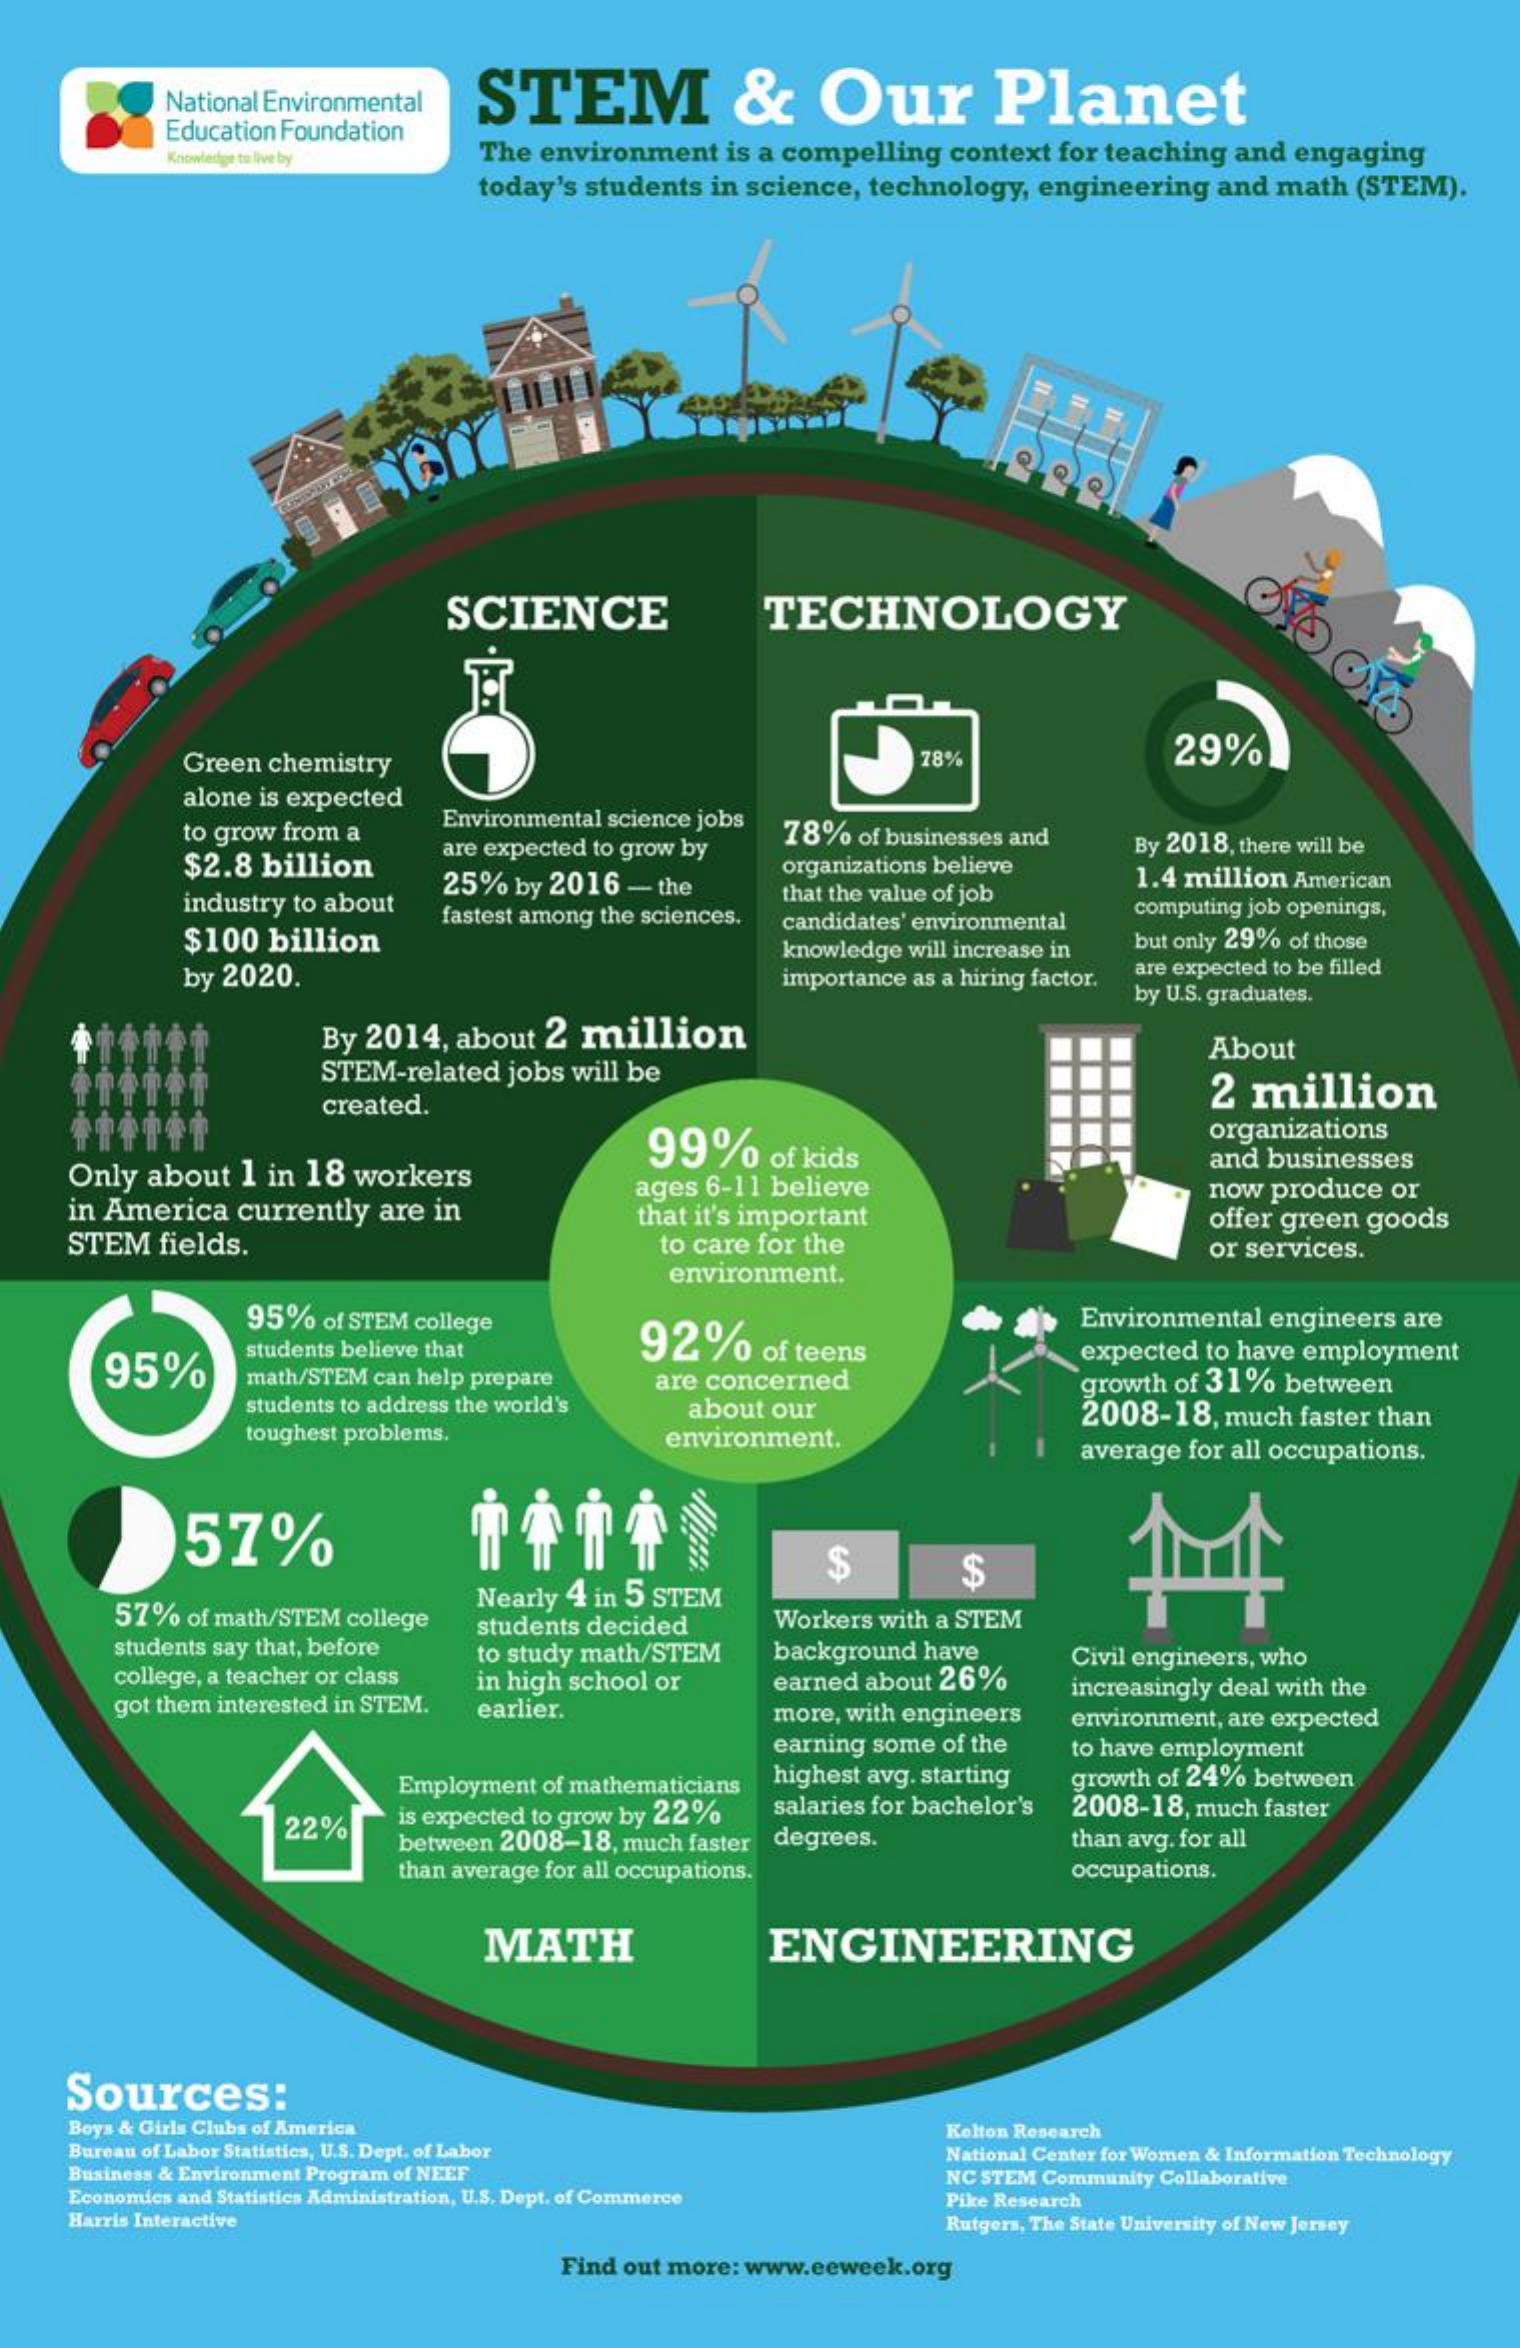
National Environmental STEM    &   Our    Planet
     Education Foundation
     Knowledge to live by The environment is a compelling context for teaching and engaging
     today's students in science, technology, engineering and math (STEM).
     SCIENCE    TECHNOLOGY
     Green chemistry    78%    29%
     alone is expected
     to grow from a
     Environmental science jobs
     $2.8 billion
     are expected to grow by
     78% of businesses and By 2018, there will be
     industry to about
     25% by 2016 - the
     organizations believe
     that the value of job
     1.4 million American
     $100 billion
     fastest among the sciences. candidates' environmental
     computing job openings,
     but only 29% of those
     by 2020.
     knowledge will increase in
     importance as a hiring factor. are expected to be filled
     by U.S. graduates.
     By 2014, about 2 million
     STEM-related jobs will be
     About
     created.    2 million
     99%    of kids
     organizations
    Only about 1 in 18 workers
     and businesses
    in America currently are in
     ages 6-11 believe
    STEM fields.
     that it's important
     now produce or
     to care for the
     offer green goods
     environment.
     or services.
     95% of STEM college    Environmental engineers are
     95%
     students believe that  92%   of teens
     math/STEM can help prepare
     expected to have employment
     students to address the world's
     are concerned    growth of 31% between
     toughest problems.
     about our    2008-18, much faster than
     environment.    average for all occupations.
     57%
     $
     57% of math/STEM college
     Nearly 4 in 5 STEM
     $
     students say that, before
     students decided Workers with a STEM
     college, a teacher or class
     to study math/STEM background have Civil engineers, who
     got them interested in STEM.
     in high school or earned about 26% increasingly deal with the
     earlier.    more, with engineers
     earning some of the
     environment, are expected
     highest avg. starting
     to have employment
     Employment of mathematicians    growth of 24% between
     22%   is expected to grow by 22% salaries for bachelor's 2008-18, much faster
     between 2008-18, much faster degrees.  than avg. for all
     than average for all occupations.    occupations.
     MATH    ENGINEERING
    Sources:
    Boys & Girls Clubs of America
    Bureau of Labor Statistics, U.S. Dept. of Labor
     Kelton Research
    Business & Environment Program of NEEF
     National Center for Women & Information Technology
    Economics and Statistics Administration, U.S. Dept. of Commerce
     NC STEM Community Collaborative
    Harris Interactive
     Pike Research
     Rutgers, The State University of New Jersey
     Find out more: www.eeweek.org